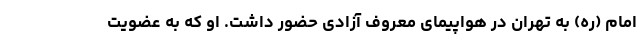
امام (ره) به تهران در هواپیمای معروف آزادی حضور داشت. او که به عضویت